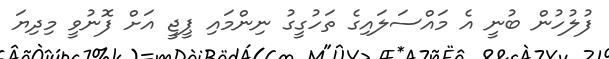
ފުލުހުން ބުނީ އެ މައްސަލައިގެ ތަހުގީގު ނިންމައި ޕީޖީ އަށް ފޮނުވީ މިދިޔަ